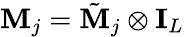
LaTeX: \textbf{M}_{j}=\tilde{\textbf{M}}_{j}\otimes\textbf{I}_{L}